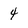
Character: 4